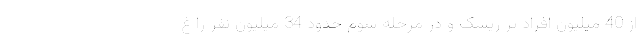
از 40 میلیون افراد پر ریسک و در مرحله سوم حدود 34 میلیون نفر را غ